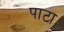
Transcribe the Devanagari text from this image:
पाटॊ